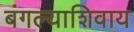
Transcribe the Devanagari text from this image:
बंगल्याशिवाय